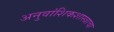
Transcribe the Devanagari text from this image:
अनुवांशिकशास्त्राचा